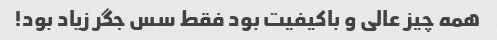
همه چیز عالی و باکیفیت بود فقط سس جگر زیاد بود!